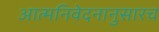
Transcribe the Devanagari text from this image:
आत्मनिवेदनानुसारच